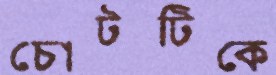
চোটটিকে